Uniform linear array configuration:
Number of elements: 16
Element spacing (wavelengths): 1
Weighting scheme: exponential
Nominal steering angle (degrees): -30
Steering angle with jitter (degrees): -28.948
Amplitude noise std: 0.05
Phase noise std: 0.05

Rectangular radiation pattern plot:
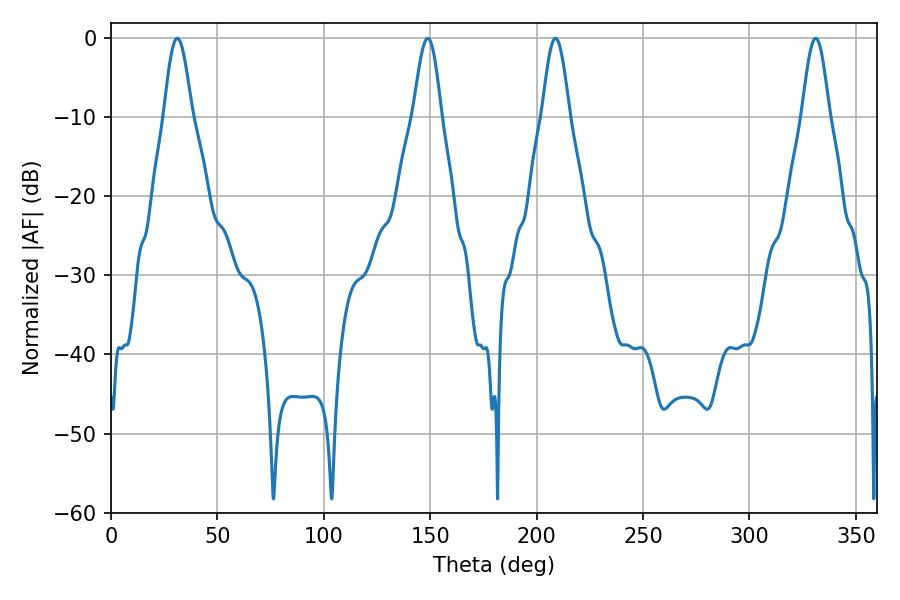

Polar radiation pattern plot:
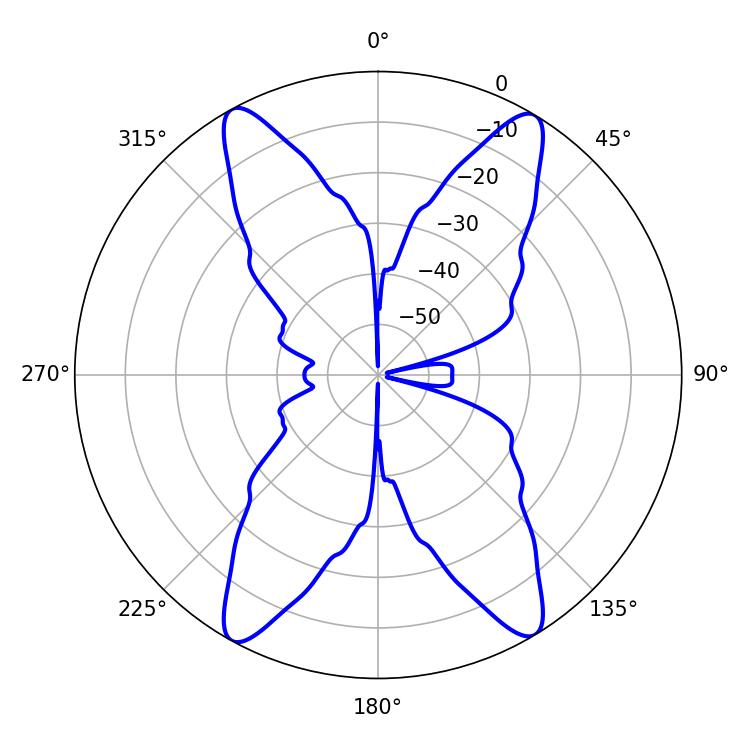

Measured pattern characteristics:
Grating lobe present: TRUE
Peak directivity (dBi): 21.066
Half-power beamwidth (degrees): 7.02
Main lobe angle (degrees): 31.14